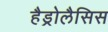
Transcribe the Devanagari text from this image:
हैड्रोलैसिस